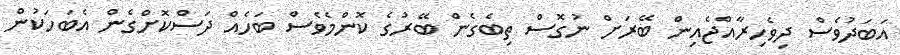
އަބަދުވެސް ދިވެހިރާއްޖެއިން ބޭރަށް ނުގޮސް ތިބެގެން ބޭރުގެ ކޮންމެވެސް ބަހެއް ދަސްކޮށްގެން އެބަހަކުން